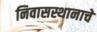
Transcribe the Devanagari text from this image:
निवासस्थानाचे